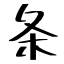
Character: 条